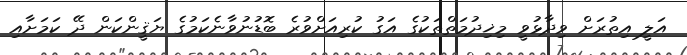
އަލީ އިތުރަށް ވިދާޅުވީ މިޚިދުމަތްތަކުގެ އަގު ކުރިއަށްވުރެ ބޮޑުނުވާނެކަމުގެ ޔަޤީންކަން ދޭ ކަމަށާއި